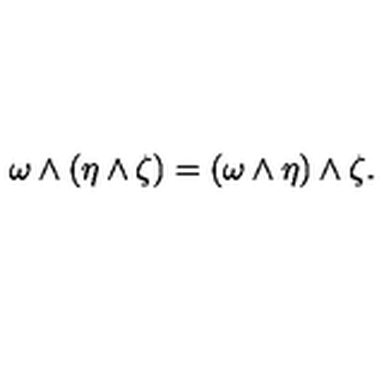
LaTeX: \omega \wedge ( \eta \wedge \zeta ) = ( \omega \wedge \eta ) \wedge \zeta .